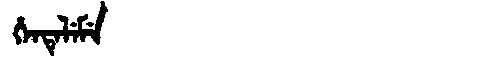
Manchu: ᡥᡝᠨᡨᡝᠯᡝᠮᡝ
Romanization: HENTELEME